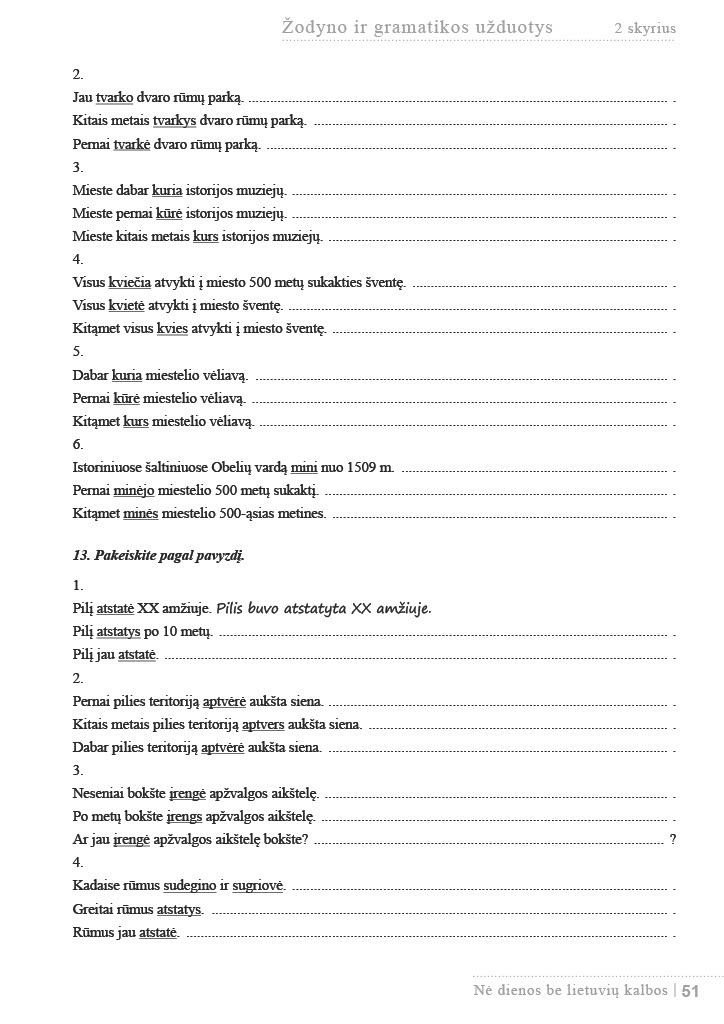
Language: lt